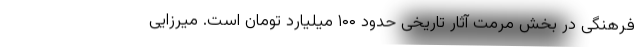
فرهنگی در بخش مرمت آثار تاریخی حدود ۱۰۰ میلیارد تومان است. میرزایی